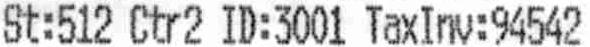
ST:512 CTR2 ID:3001 TAXINV:94542